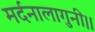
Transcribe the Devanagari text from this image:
मर्दनालागुनी।।